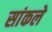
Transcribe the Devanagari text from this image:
सांकले